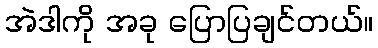
အဲဒါကို အခု ပြောပြချင်တယ်။